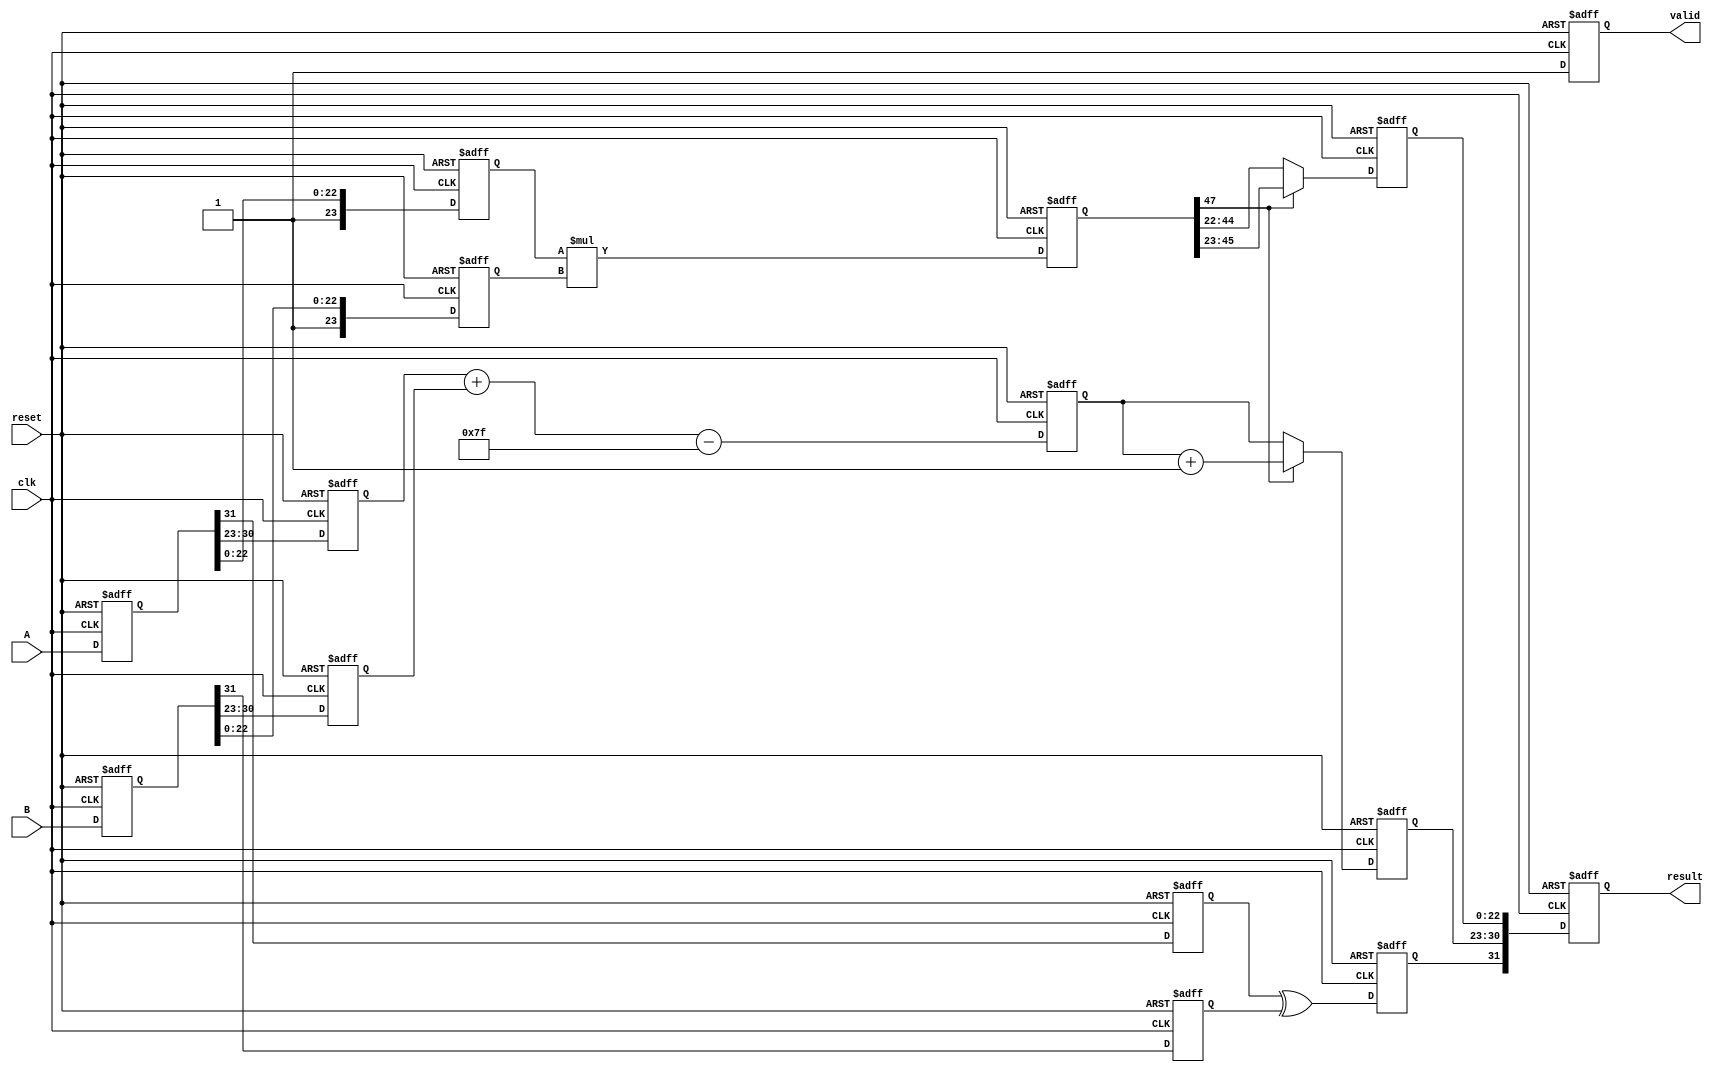
module pipelined_fp_multiplier (
    input wire clk,
    input wire reset,
    input wire [31:0] A, // Input operand A
    input wire [31:0] B, // Input operand B
    output reg [31:0] result, // Output result
    output reg valid // Output valid signal
);

    // Pipeline registers
    reg [31:0] A_reg, B_reg; // Stage 1
    reg sign_A, sign_B; // Stage 2
    reg [7:0] exp_A, exp_B; // Stage 2
    reg [23:0] frac_A, frac_B; // Stage 2
    reg [8:0] exp_result; // Stage 3
    reg [47:0] frac_result; // Stage 4
    reg [23:0] normalized_frac; // Stage 5
    reg [7:0] normalized_exp; // Stage 5
    reg result_sign; // Stage 5

    // Constants
    localparam EXP_BIAS = 8'd127;

    // Stage 1: Input Register
    always @(posedge clk or posedge reset) begin
        if (reset) begin
            A_reg <= 32'b0;
            B_reg <= 32'b0;
        end else begin
            A_reg <= A;
            B_reg <= B;
        end
    end

    // Stage 2: Decompose Operands
    always @(posedge clk or posedge reset) begin
        if (reset) begin
            sign_A <= 1'b0;
            sign_B <= 1'b0;
            exp_A <= 8'b0;
            exp_B <= 8'b0;
            frac_A <= 24'b0;
            frac_B <= 24'b0;
        end else begin
            sign_A <= A_reg[31];
            sign_B <= B_reg[31];
            exp_A <= A_reg[30:23];
            exp_B <= B_reg[30:23];
            frac_A <= {1'b1, A_reg[22:0]}; // Implicit leading 1 for normalized numbers
            frac_B <= {1'b1, B_reg[22:0]}; // Implicit leading 1 for normalized numbers
        end
    end

    // Stage 3: Exponent Calculation
    always @(posedge clk or posedge reset) begin
        if (reset) begin
            exp_result <= 9'b0;
        end else begin
            exp_result <= exp_A + exp_B - EXP_BIAS; // Add exponents and subtract bias
        end
    end

    // Stage 4: Mantissa Multiplication
    always @(posedge clk or posedge reset) begin
        if (reset) begin
            frac_result <= 48'b0;
        end else begin
            frac_result <= frac_A * frac_B; // Multiply mantissas
        end
    end

    // Stage 5: Normalize Result
    always @(posedge clk or posedge reset) begin
        if (reset) begin
            normalized_frac <= 24'b0;
            normalized_exp <= 8'b0;
            result_sign <= 1'b0;
        end else begin
            // Normalize the result
            if (frac_result[47]) begin
                normalized_frac <= frac_result[46:23]; // Shift right
                normalized_exp <= exp_result + 1; // Increase exponent
            end else begin
                normalized_frac <= frac_result[45:22]; // Keep as is
                normalized_exp <= exp_result; // Keep exponent
            end
            result_sign <= sign_A ^ sign_B; // XOR for sign
        end
    end

    // Stage 6: Final Output Register
    always @(posedge clk or posedge reset) begin
        if (reset) begin
            result <= 32'b0;
            valid <= 1'b0;
        end else begin
            // Assemble final result
            result <= {result_sign, normalized_exp[7:0], normalized_frac[22:0]};
            valid <= 1'b1; // Indicate valid output
        end
    end

endmodule